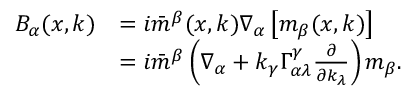
\begin{array} { r l } { B _ { \alpha } ( x , k ) } & { = i \bar { m } ^ { \beta } ( x , k ) \nabla _ { \alpha } \left[ m _ { \beta } ( x , k ) \right] } \\ & { = i \bar { m } ^ { \beta } \left( \nabla _ { \alpha } + k _ { \gamma } \Gamma _ { \alpha \lambda } ^ { \gamma } \frac { \partial } { \partial k _ { \lambda } } \right) m _ { \beta } . } \end{array}